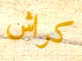
كراش